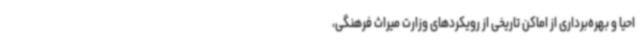
احیا و بهره‌برداری از اماکن تاریخی از رویکردهای وزارت میراث فرهنگی،